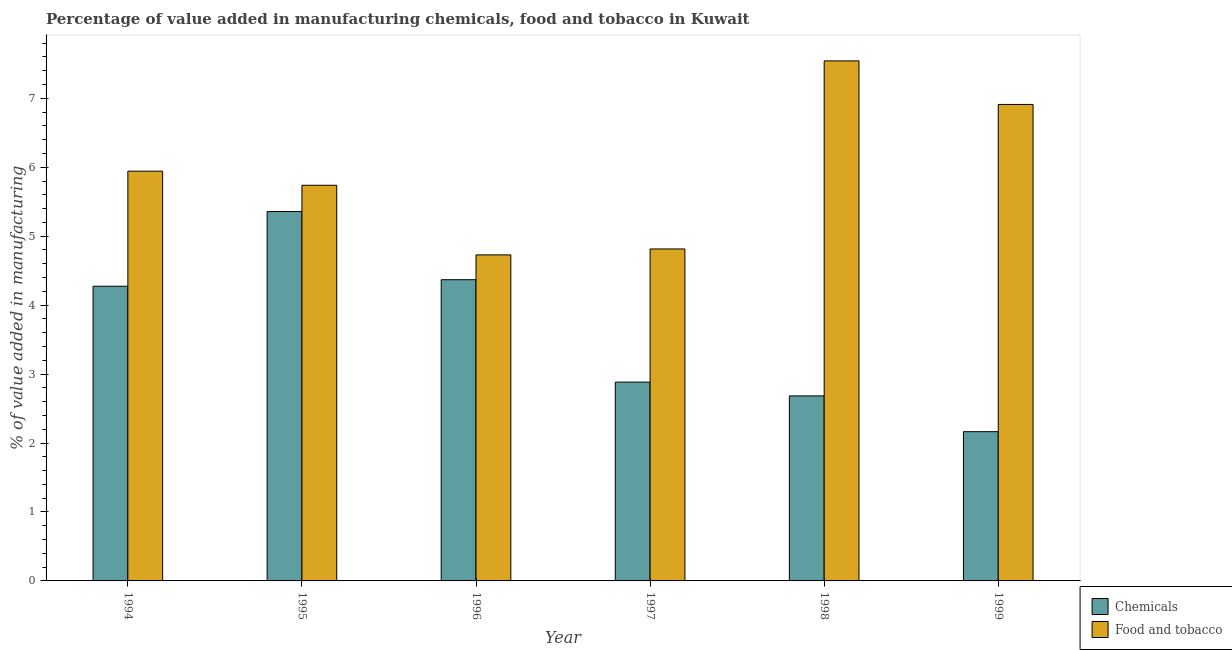
| Year | Chemicals | Food and tobacco |
 | --- | --- | --- |
 | 1994 | 4.27 | 5.94 |
 | 1995 | 5.36 | 5.74 |
 | 1996 | 4.37 | 4.73 |
 | 1997 | 2.88 | 4.81 |
 | 1998 | 2.68 | 7.54 |
 | 1999 | 2.16 | 6.91 |